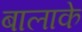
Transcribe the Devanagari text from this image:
बालाके